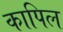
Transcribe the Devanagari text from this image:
कापिल